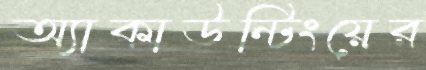
অ্যাকাউন্টিংয়ের